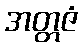
အတ္တဇံ